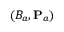
( B _ { a } , { \bf P } _ { a } )